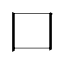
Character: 口